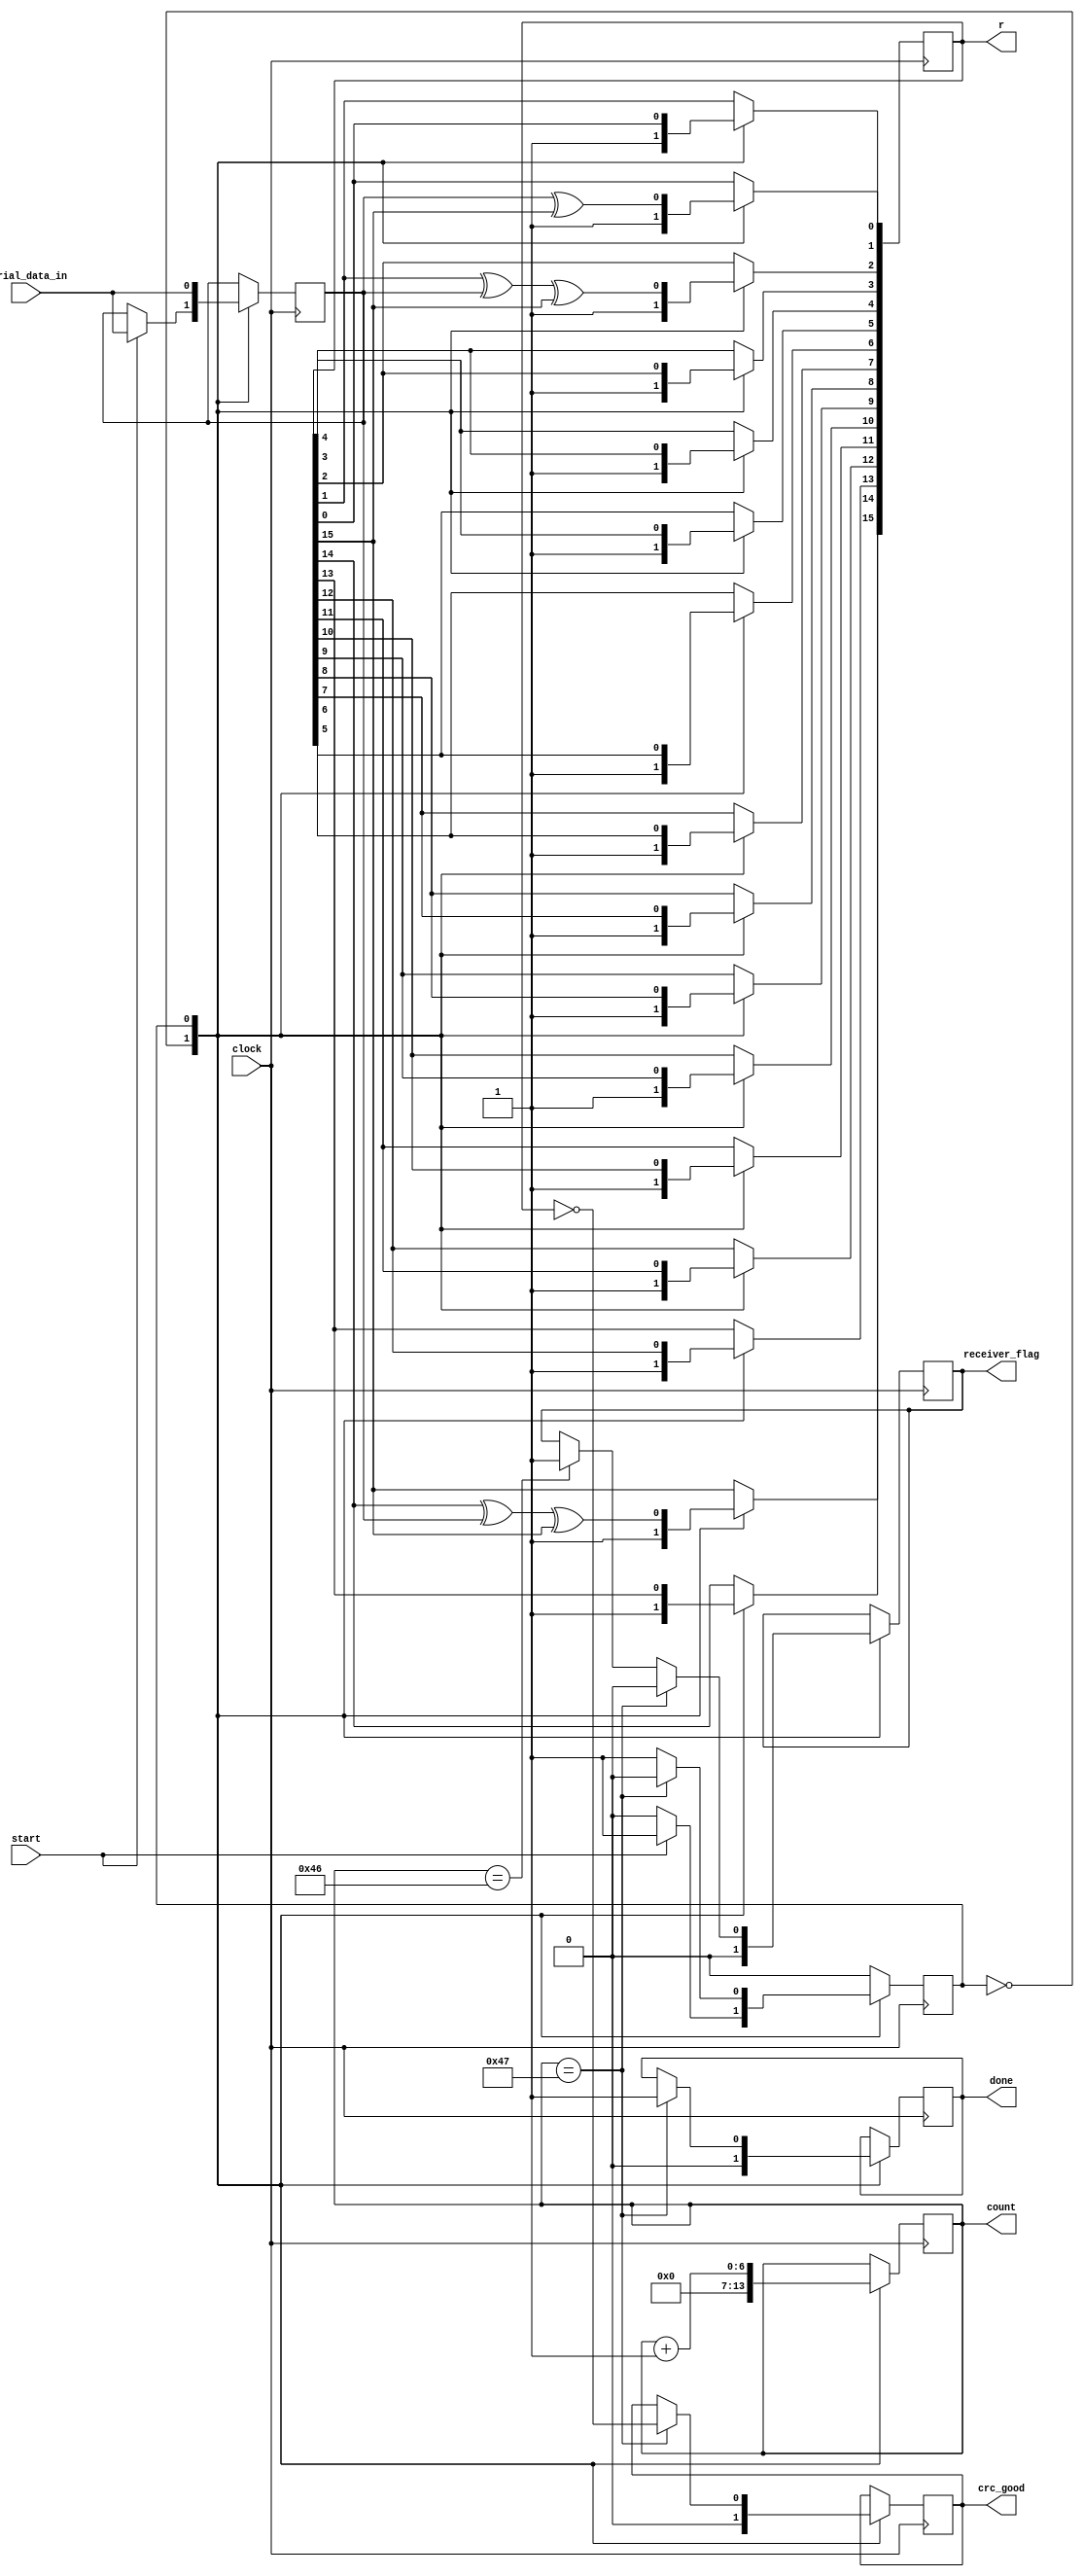
`timescale 1ns / 1ps
//////////////////////////////////////////////////////////////////////////////////
// Company: 
// Engineer: 
// 
// Design Name: 
// Module Name:    CRC 
// Project Name: 
// Target Devices: 
// Tool versions: 
// Description: 
//
// Dependencies: 
//
// Revision: 
// Revision 0.01 - File Created
// Additional Comments: 
//
//////////////////////////////////////////////////////////////////////////////////

//THIS CRC RECEIVES SERIAL DATA 
//IT TAKES IN 19_BIT_ADDRESS + 36_BIT_DATA + 16_BIT_CRC = 71BITS SERIALLY 
module receiver_crc(
    input clock,
    input start,
	 input serial_data_in,
    output reg done,
    output reg [15:0] r,
	 output reg [6:0] count,
	 output reg crc_good,
	 output reg receiver_flag
    );
	//reg [5:0] count  = 0; // initialize counter to zero //////////// uncomment later
	reg temp;
	reg state;
	parameter S_IDLE = 0;
	parameter S_CRC = 1;
	
	initial begin
		done <= 0;
		r[15:0] <= 16'hFFFF;
		count <= 0;
		crc_good <= 0;
		receiver_flag <= 0;
	end
	
	always @(posedge clock) begin
	
		case (state)
		
		S_IDLE: begin
		
			if (~start) begin
				done <= 0;
				r[15:0] <= 16'hFFFF;
				count <= 0;
				crc_good <= 0;
				receiver_flag <= 0;
			end
		
			else if (start) begin // CRC initilized, reset and begin calculation
				temp <= serial_data_in;
				r[15:0] <= 16'hFFFF;
				count <= 0;
				done <= 0;
				state <= S_CRC;
				crc_good <= 0;
				receiver_flag <= 0;
			end
			
		end
		
		S_CRC: begin
		
			
			temp <= serial_data_in;
			//packet <= {packet[53:0],1'b0};
			r[0]  <=  temp ^ r[15];
			r[1]  <=  r[0];
			r[2]  <=  r[1] ^ temp ^ r[15];
			r[3]  <=  r[2];
			r[4]  <=  r[3];
			r[5]  <=  r[4];
			r[6]  <=  r[5];
			r[7]  <=  r[6];
			r[8]  <=  r[7];
			r[9]  <=  r[8];
			r[10] <=  r[9];
			r[11] <=  r[10];
			r[12] <=  r[11];
			r[13] <=  r[12];
			r[14] <=  r[13];
			r[15] <=  r[14] ^ temp ^ r[15];
			
			count <= count + 1; // increment counter
			if (count == 70) receiver_flag <= 1;
			if (count == 71) begin
				done <= 1;
				state <= S_IDLE;
				crc_good <= (r == 0); 
				receiver_flag <= 0;
			end
			else state <= S_CRC;
		
		end
		
		default: state <= S_IDLE;
		
		endcase
		
	end

endmodule